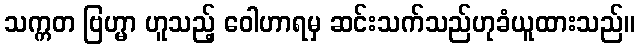
သက္ကတ ဗြဟ္မာ ဟူသည့် ဝေါဟာရမှ ဆင်းသက်သည်ဟုခံယူထားသည်။